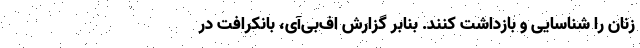
زنان را شناسایی و بازداشت کنند. بنابر گزارش اف‌بی‌آی، بانکرافت در